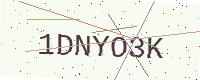
Text: 1DNYO3K